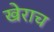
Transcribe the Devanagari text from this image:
खेराच